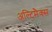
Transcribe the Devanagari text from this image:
अल्टिमैक्स